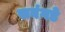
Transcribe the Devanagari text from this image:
सवंगडे